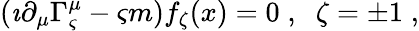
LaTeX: (\imath\partial_{\mu}\Gamma_{\varsigma}^{\mu}-\varsigma m)f_{\zeta}(x)=0\; ,\; \; \zeta=\pm 1\; ,